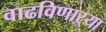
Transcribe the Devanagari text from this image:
वाढविणाऱ्या